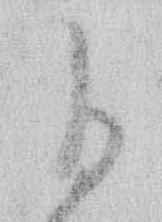
ひ